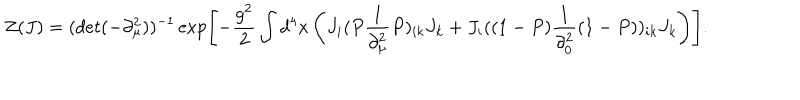
LaTeX: Z ( J ) = ( d e t ( - \partial _ { \mu } ^ { 2 } ) ) ^ { - 1 } \exp \left[ - \frac { g ^ { 2 } } { 2 } \int d ^ { 4 } x \left( J _ { i } ( P \frac { 1 } { \partial _ { \mu } ^ { 2 } } P ) _ { i k } J _ { k } + J _ { i } ( ( 1 - P ) \frac { 1 } { \partial _ { 0 } ^ { 2 } } ( 1 - P ) ) _ { i k } J _ { k } \right) \right] .